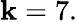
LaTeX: \mathbf{k}=7.